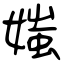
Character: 媸